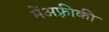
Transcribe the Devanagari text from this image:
मेंअफ़्रीकी